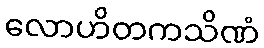
လောဟိတကသိဏံ